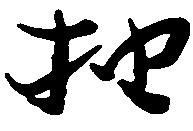
抽